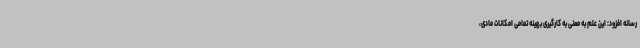
رسانه افزود: این علم به معنی به کارگیری بهینه تمامی امکانات مادی،